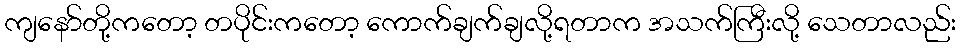
ကျနော်တို့ကတော့ တပိုင်းကတော့ ကောက်ချက်ချလို့ရတာက အသက်ကြီးလို့ သေတာလည်း